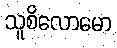
သူစိလောမော